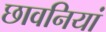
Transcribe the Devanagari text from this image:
छावनियां